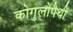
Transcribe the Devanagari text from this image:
कोगुलोपैथी